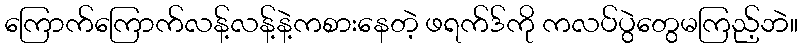
ကြောက်ကြောက်လန့်လန့်နဲ့ကစားနေတဲ့ ဖရက်ဒ်ကို ကလပ်ပွဲတွေမကြည့်ဘဲ။